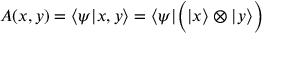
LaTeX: A ( x , y ) = \langle \psi | x , y \rangle = \langle \psi | { \Big ( } | x \rangle \otimes | y \rangle { \Big ) }